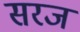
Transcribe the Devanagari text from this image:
सरज